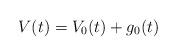
LaTeX: \begin{align*}V(t) = V_0(t)+g_0(t)\end{align*}